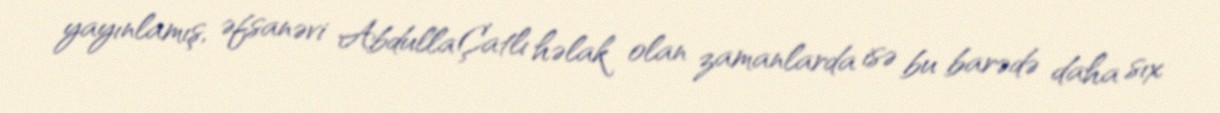
yayınlamış, əfsanəvi Abdulla Çatlı həlak olan zamanlarda isə bu barədə daha sıx